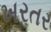
ખરતર